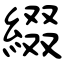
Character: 綴